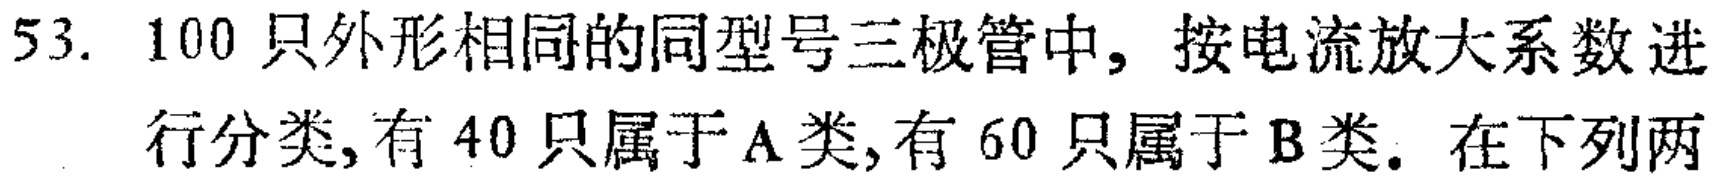
53. 100只外形相同的同型号三极管中, 按电流放大系数进
行分类,有40只属于A类,有60只属于B类. 在下列两